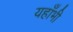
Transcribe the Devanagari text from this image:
यहाँभी